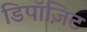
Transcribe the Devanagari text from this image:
डिपॉज़िट